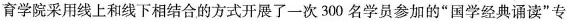
育学院采用线上和线下相结合的方式开展了一次300名学员参加的“国学经典诵读”专